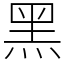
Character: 黑